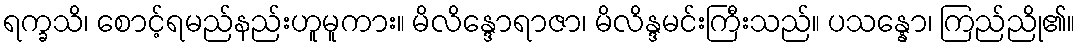
ရက္ခသိ၊ စောင့်ရမည်နည်းဟူမူကား။ မိလိန္ဒောရာဇာ၊ မိလိန္ဒမင်းကြီးသည်။ ပသန္နော၊ ကြည်ညို၏။